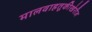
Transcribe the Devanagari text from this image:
मालवाहतूकीखेरीज